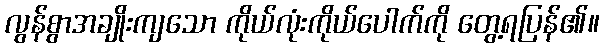
လွန်စွာအချိုးကျသော ကိုယ်လုံးကိုယ်ပေါက်ကို တွေ့ရပြန်၏။